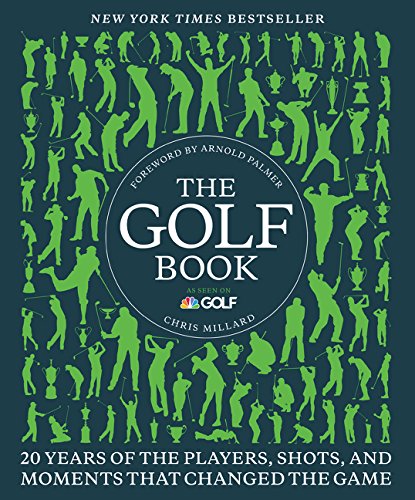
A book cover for The Golf Book: Twenty Years of the Players, Shots, and Moments That Changed the Game; Chris Millard; Sports & Outdoors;